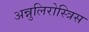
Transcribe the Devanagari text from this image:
अन्नुलिरोस्त्रिस